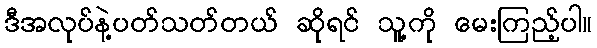
ဒီအလုပ်နဲ့ပတ်သတ်တယ် ဆိုရင် သူ့ကို မေးကြည့်ပါ။